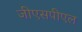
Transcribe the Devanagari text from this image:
जीएसपीएल